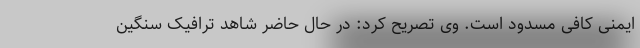
ایمنی کافی مسدود است. وی تصریح کرد: در حال حاضر شاهد ترافیک سنگین